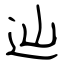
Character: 辿